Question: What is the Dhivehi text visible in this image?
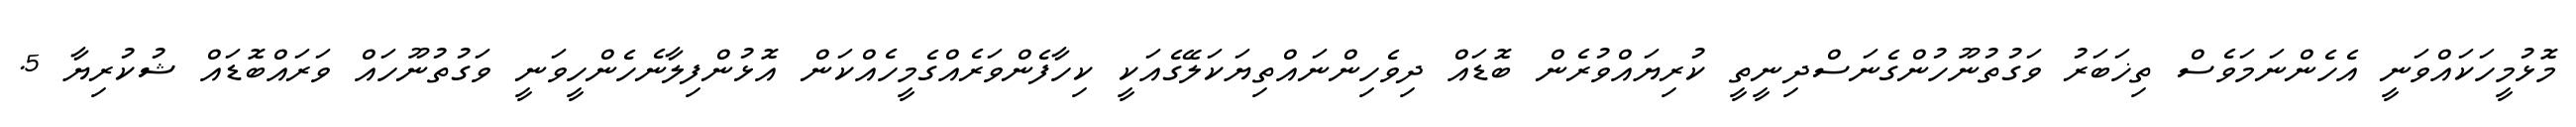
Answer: މޮޅުމީހަކައްވަނީ އެހެންނަމަވެސް ތިޚަބަރު ވަގުތުނޫހުންގެނަސްދިނީތީ ކުރިޔައްވުރެން ބޮޑައް ދިވެހިންނައްތިޔަކަލޭގެއަކީ ކިހާފެންވަރެއްގެމީހެއްކަން އޮޅުންފިލާނެހެންހީވަނީ ވަގުތުނޫހައް ވަރައްބޮޑައް ޝުކުރިޔާ 5.